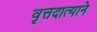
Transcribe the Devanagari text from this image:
वृत्तदात्याने